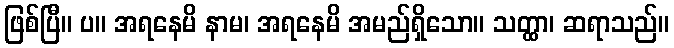
ဖြစ်ပြီ။ ပ။ အရနေမိ နာမ၊ အရနေမိ အမည်ရှိသော။ သတ္ထာ၊ ဆရာသည်။